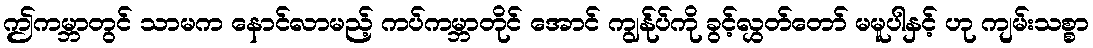
ဤကမ္ဘာတွင် သာမက နောင်လာမည့် ကပ်ကမ္ဘာတိုင် အောင် ကျွန်ုပ်ကို ခွင့်လွှတ်တော် မမူပါနှင့် ဟု ကျမ်းသစ္စာ